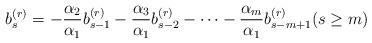
LaTeX: \begin{align*} b_{s}^{(r)} = - \frac{\alpha_2}{\alpha_1} b_{s-1}^{(r)} - \frac{\alpha_3}{\alpha_1} b_{s-2}^{(r)} - \cdots - \frac{\alpha_{m}}{\alpha_1} b_{s-m+1}^{(r)} (s \geq m)\end{align*}